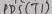
Text: PB5